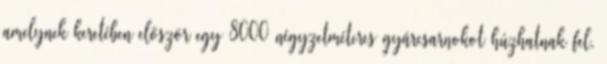
amelynek keretében először egy 8000 négyzetméteres gyárcsarnokot húzhatnak fel,